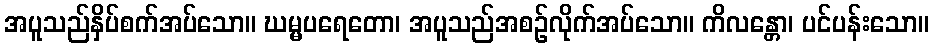
အပူသည်နှိပ်စက်အပ်သော။ ဃမ္မပရေတော၊ အပူသည်အစဉ်လိုက်အပ်သော။ ကိလန္တော၊ ပင်ပန်းသော။